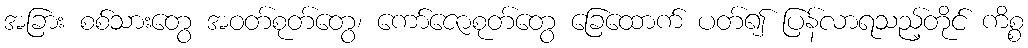
အခြား စစ်သားတွေ အဝတ်စုတ်တွေ၊ ကော်ဇောစုတ်တွေ ခြေထောက် ပတ်၍ ပြန်လာရသည့်တိုင် ကိစ္စ